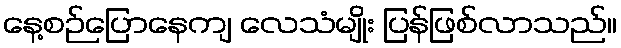
နေ့စဉ်ပြောနေကျ လေသံမျိုး ပြန်ဖြစ်လာသည်။